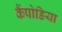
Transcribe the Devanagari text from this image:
कैंपोडिया